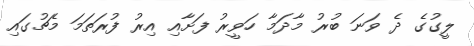
ލީގުގެ ދެ ވަނަ ބުރު މާދަމާ ހަވީރު ފަށާއި އިރު ފުރަތަމަ މެޗުގައި